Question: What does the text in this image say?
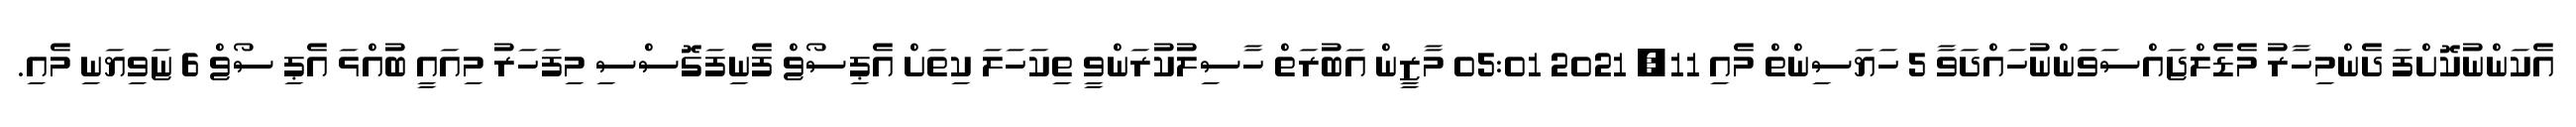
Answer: އެކަންނުކޮށްފަ ދެންމިހާރު މެޑެލްޖައްސަވަންނުހައްދަވާ 5 ހަޔަސިންތް މެއި 11, 2021 05:01 މާޒީން އަބުރަތް ހާސިލުކުރަންވީ ތިކަހަލަ ކިތަށް އެޕިސޯޱް ފެނިފަގޮސްސި މިފަހަރު މިއައީ ބުއްޅަ އެޕި ސޯޱް 6 ޏަވިޔަނި މެއި.